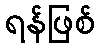
ရန်ဖြစ်